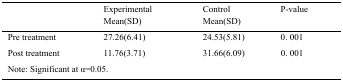
|  | Experimental Mean(SD) | Control Mean(SD) | P-value |
 | --- | --- | --- | --- |
 | Pre treatment | 27.26(6.41) | 24.53(5.81) | 0. 001 |
 | Post treatment | 11.76(3.71) | 31.66(6.09) | 0. 001 |
 | <COLSPAN=4> Note: Significant at α=0.05. |